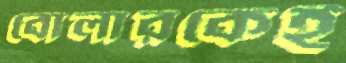
বোলারকেই